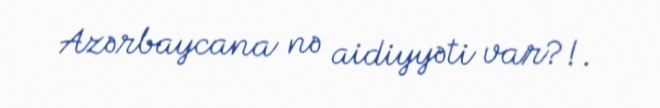
Azərbaycana nə aidiyyəti var?!.